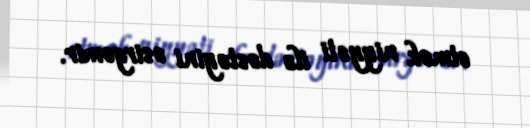
etmək niyyəti ilə dəstəyini əsirgəmir.